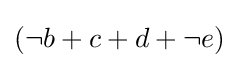
{\textstyle (\neg b+c+d+\neg e)}